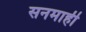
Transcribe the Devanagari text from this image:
सनमाही